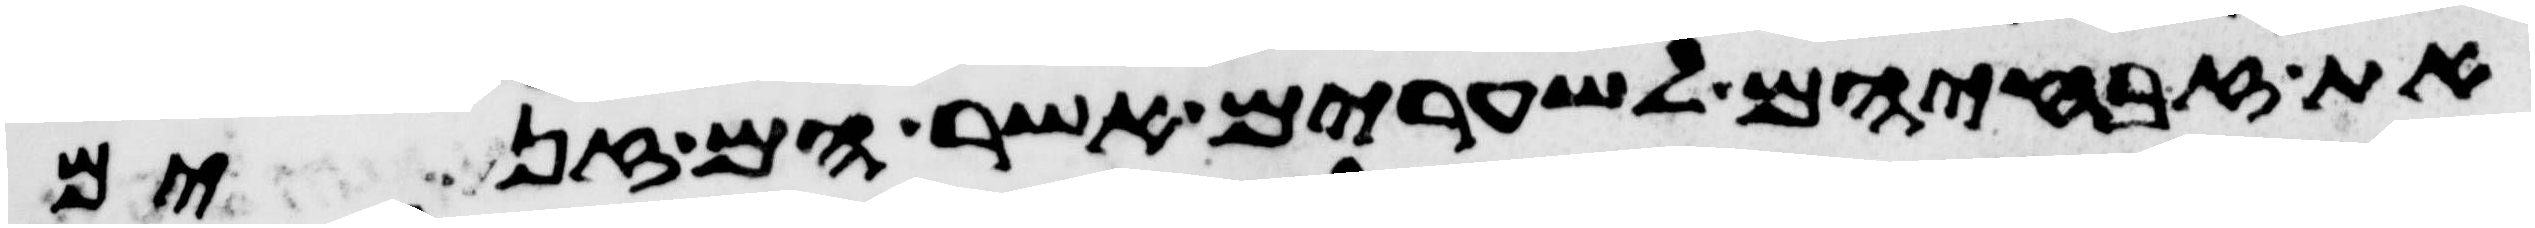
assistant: את זבחיהם לשערים אשר הם זנים